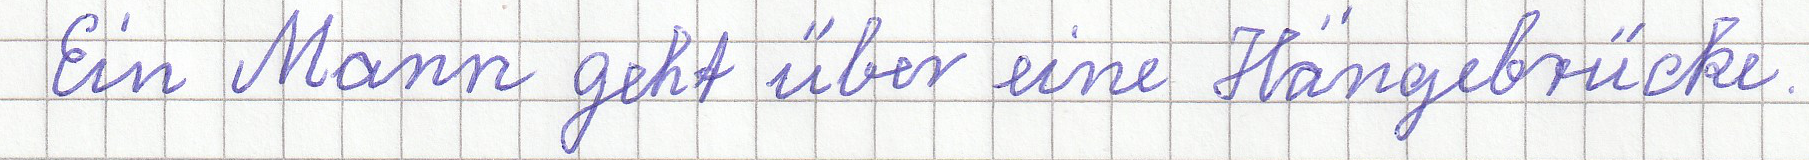
Ein Mann geht über eine Hängebrücke.